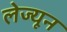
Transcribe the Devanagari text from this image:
लेज्यून